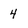
Character: 4